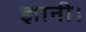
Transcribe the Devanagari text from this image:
ज्ञानी।